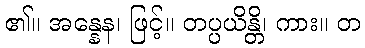
၏။ အန္နေန၊ ဖြင့်။ တပ္ပယိန္တိ၊ ကား။ တ